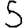
Digit: 5